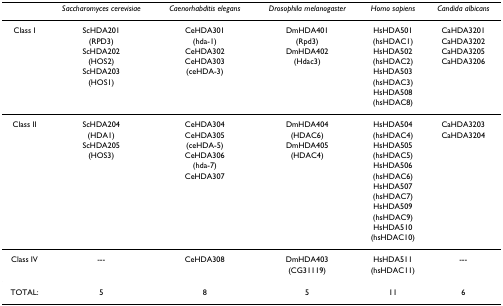
|  | Saccharomyces cerevisiae | Caenorhabditis elegans | Drosophila melanogaster | Homo sapiens | Candida albicans |
 | --- | --- | --- | --- | --- | --- |
 | Class I | ScHDA201 | CeHDA301 | DmHDA401 | HsHDA501 | CaHDA3201 |
 |  | (RPD3) | (hda-1) | (Rpd3) | (hsHDAC1) | CaHDA3202 |
 |  | ScHDA202 | CeHDA302 | DmHDA402 | HsHDA502 | CaHDA3205 |
 |  | (HOS2) | CeHDA303 | (Hdac3) | (hsHDAC2) | CaHDA3206 |
 |  | ScHDA203 | (ceHDA-3) |  | HsHDA503 |  |
 |  | (HOS1) |  |  | (hsHDAC3) |  |
 |  |  |  |  | HsHDA508 |  |
 |  |  |  |  | (hsHDAC8) |  |
 | Class II | ScHDA204 | CeHDA304 | DmHDA404 | HsHDA504 | CaHDA3203 |
 |  | (HDA1) | CeHDA305 | (HDAC6) | (hsHDAC4) | CaHDA3204 |
 |  | ScHDA205 | (ceHDA-5) | DmHDA405 | HsHDA505 |  |
 |  | (HOS3) | CeHDA306 | (HDAC4) | (hsHDAC5) |  |
 |  |  | (hda-7) |  | HsHDA506 |  |
 |  |  | CeHDA307 |  | (hsHDAC6) |  |
 |  |  |  |  | HsHDA507 |  |
 |  |  |  |  | (hsHDAC7) |  |
 |  |  |  |  | HsHDA509 |  |
 |  |  |  |  | (hsHDAC9) |  |
 |  |  |  |  | HsHDA510 |  |
 |  |  |  |  | (hsHDAC10) |  |
 | Class IV | --- | CeHDA308 | DmHDA403 | HsHDA511 | --- |
 |  |  |  | (CG31119) | (hsHDAC11) |  |
 | TOTAL: | 5 | 8 | 5 | 11 | 6 |